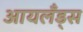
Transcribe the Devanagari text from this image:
आयलँड्स